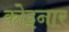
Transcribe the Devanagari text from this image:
कोइनार